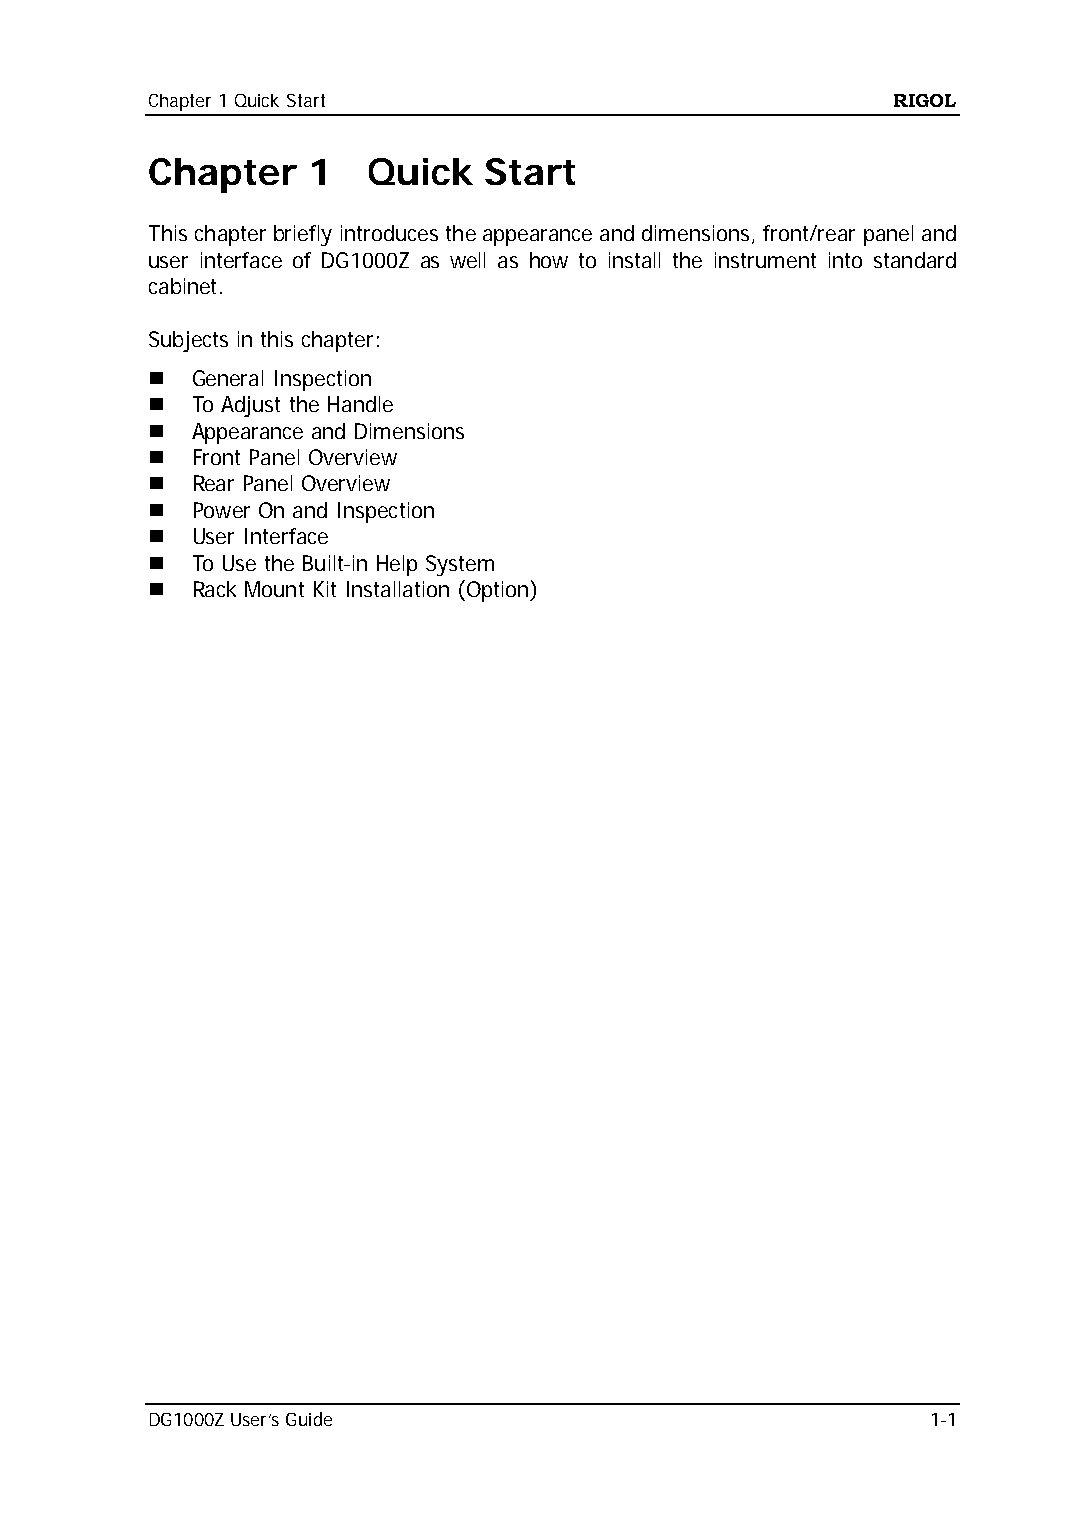
Chapter 1 Quick Start                            RIGOL
 Chapter   1   Quick   Start
 This chapter briefly introduces the appearance and dimensions, front/rear panel and
 user interface of DG1000Z as well as how to install the instrument into standard
 cabinet.
 Subjects in this chapter:
   General Inspection
   To Adjust the Handle
   Appearance and Dimensions
   Front Panel Overview
   Rear Panel Overview
   Power On and Inspection
   User Interface
   To Use the Built-in Help System
   Rack Mount Kit Installation (Option)
 DG1000Z User’s Guide                                1-1